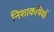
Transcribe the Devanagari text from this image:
निशाकपियों